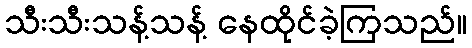
သီးသီးသန့်သန့် နေထိုင်ခဲ့ကြသည်။